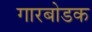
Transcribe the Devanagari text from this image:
गारबोडक